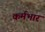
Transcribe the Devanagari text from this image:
कर्मभार